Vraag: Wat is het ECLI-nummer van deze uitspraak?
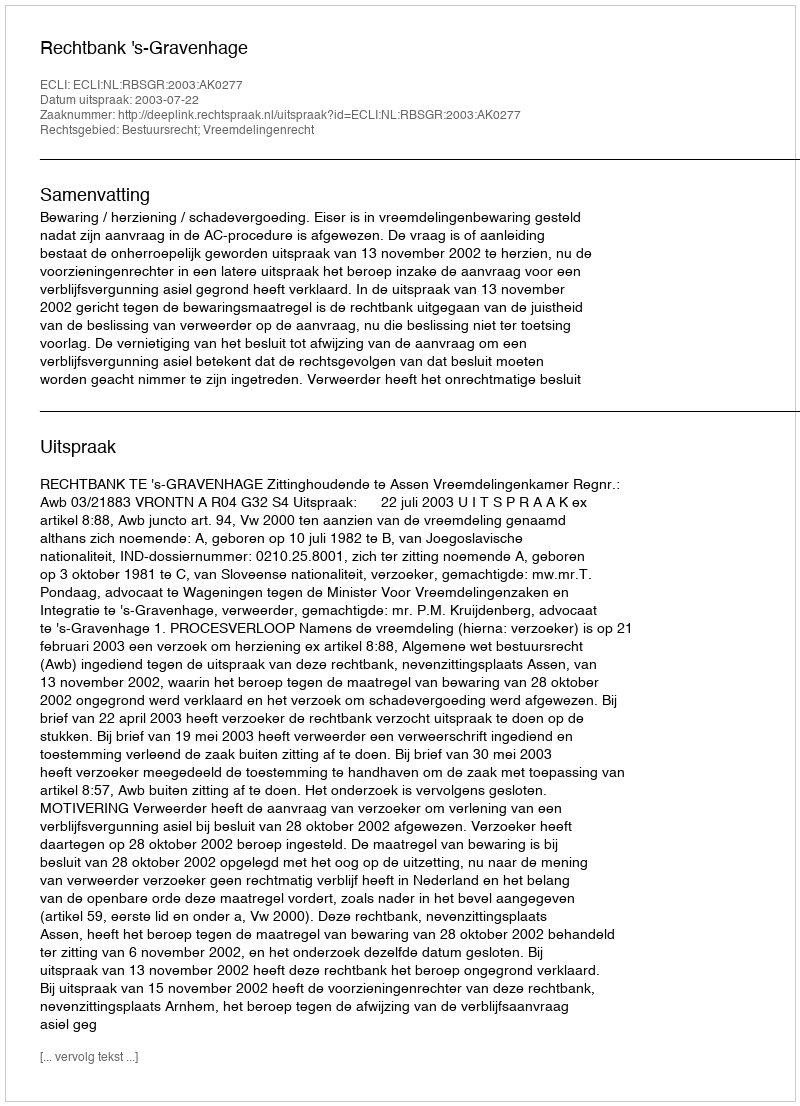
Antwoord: ECLI:NL:RBSGR:2003:AK0277